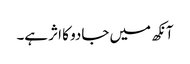
آنکھ میں جادو کا اثر ہے۔